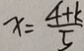
x = \frac { 4 + k } { 5 }